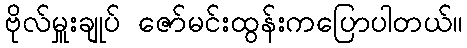
ဗိုလ်မှူးချုပ် ဇော်မင်းထွန်းကပြောပါတယ်။